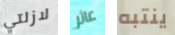
لازلتي عاثر ينتبه